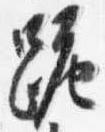
跪